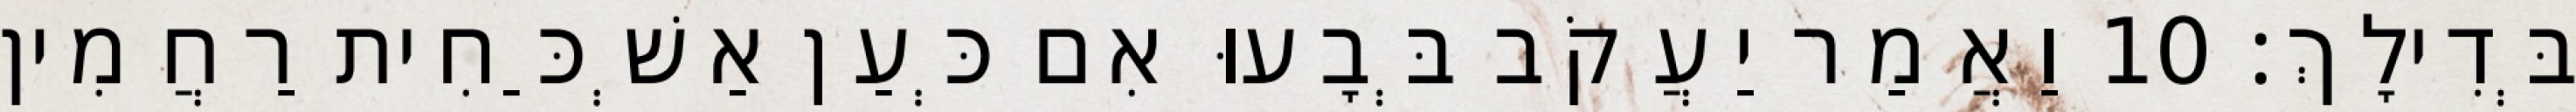
בְּדִילָךְ׃ 10 וַאֲמַר יַעֲקֹב בְּבָעוּ אִם כְּעַן אַשְׁכַּחִית רַחֲמִין